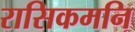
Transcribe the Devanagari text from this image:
रासिकमनि